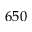
6 5 0